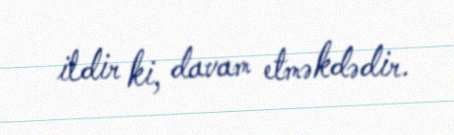
ildir ki, davam etməkdədir.